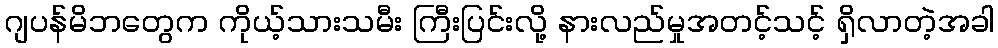
ဂျပန်မိဘတွေက ကိုယ့်သားသမီး ကြီးပြင်းလို့ နားလည်မှုအတင့်သင့် ရှိလာတဲ့အခါ